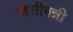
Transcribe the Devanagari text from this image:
जेसीपन्नी